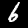
Label: 6